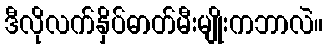
ဒီလိုလက်နှိပ်ဓာတ်မီးမျိုးကဘာလဲ။